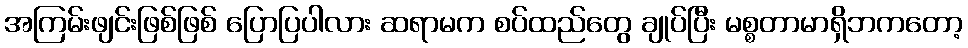
အကြမ်းဖျင်းဖြစ်ဖြစ် ပြောပြပါလား ဆရာမက စပ်ထည်တွေ ချုပ်ပြီး မစ္စတာမာရှိဘကတော့